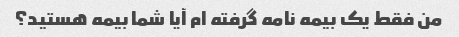
من فقط یک بیمه نامه گرفته ام آیا شما بیمه هستید؟